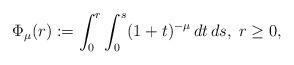
LaTeX: \begin{align*}\Phi_\mu(r):=\int_0^r\int_0^s(1+t)^{-\mu}\,dt\,ds,\;r\geq 0,\end{align*}